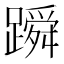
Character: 𬧓